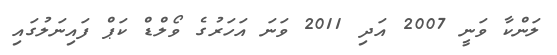
ލަންކާ ވަނީ 2007 އަދި 2011 ވަނަ އަހަރުގެ ވޯލްޑް ކަޕް ފައިނަލުގައި